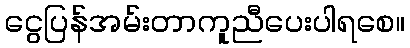
ငွေပြန်အမ်းတာကူညီပေးပါရစေ။